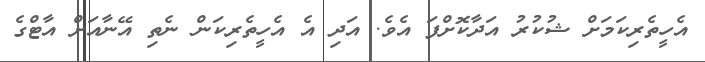
އެހީތެރިކަމަށް ޝުކުރު އަދާކޮށްފަ އެވެ. އަދި އެ އެހީތެރިކަން ނެތި އޭނާއަށް އާޓްގެ